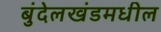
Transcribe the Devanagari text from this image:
बुंदेलखंडमधील